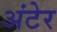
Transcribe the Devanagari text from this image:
अंटेर